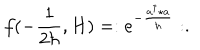
f ( - \frac { 1 } { 2 \hbar } , H ) = : e ^ { - \frac { a ^ { \dagger } \star a } { \hbar } } : .